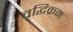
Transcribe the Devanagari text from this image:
वृद्धिक्रम